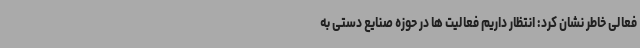
فعالی خاطر نشان کرد: انتظار داریم فعالیت ها در حوزه صنایع دستی به